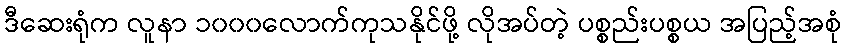
ဒီဆေးရုံက လူနာ ၁၀၀၀လောက်ကုသနိုင်ဖို့ လိုအပ်တဲ့ ပစ္စည်းပစ္စယ အပြည့်အစုံ